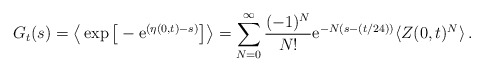
\begin{align*}G_t(s) = \big\langle \exp{\big[-\mathrm{e}^{(\eta(0,t) - s )}\big]} \big\rangle = \sum_{N=0}^\infty \frac{(-1)^N}{N!} \mathrm{e}^{ -N(s -(t/24))}\langle Z(0,t)^N\rangle\,.\end{align*}